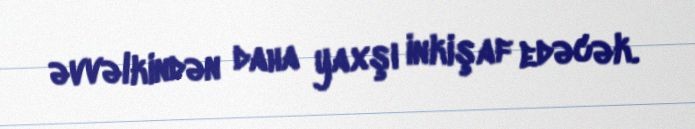
əvvəlkindən daha yaxşı inkişaf edəcək.